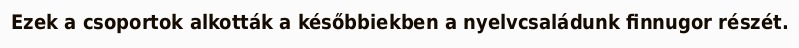
Ezek a csoportok alkották a későbbiekben a nyelvcsaládunk finnugor részét.